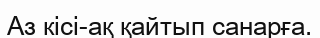
Аз кісі-ақ қайтып санарға.